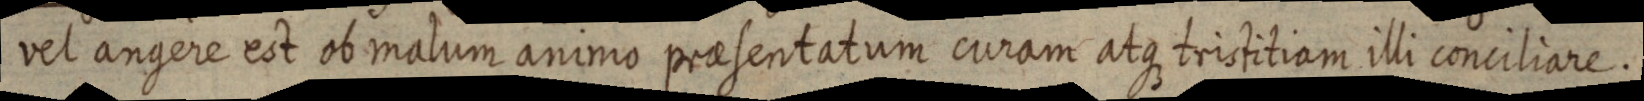
vel angere est ob malum animo praesentatum curam atque tristitiam illi conciliare.